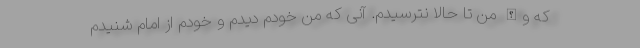
که والله من تا حالا نترسیدم. آنی که من خودم دیدم و خودم از امام شنیدم